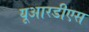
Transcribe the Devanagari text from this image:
यूआरडीएस